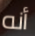
أنه